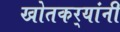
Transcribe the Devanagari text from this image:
खोतकर्‍यांनी